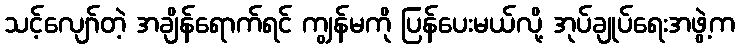
သင့်လျော်တဲ့ အချိန်ရောက်ရင် ကျွန်မကို ပြန်ပေးမယ်လို့ အုပ်ချုပ်ရေးအဖွဲ့က